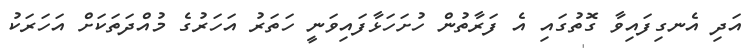
އަދި އެނގިފައިވާ ގޮތުގައި އެ ފަރާތުން ހުށަހަޅާފައިވަނީ ހަތަރު އަހަރުގެ މުއްދަތަކަށް އަހަރަކު